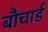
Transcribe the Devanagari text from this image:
बौचार्ड